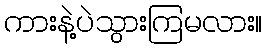
ကားနဲ့ပဲသွားကြမလား။